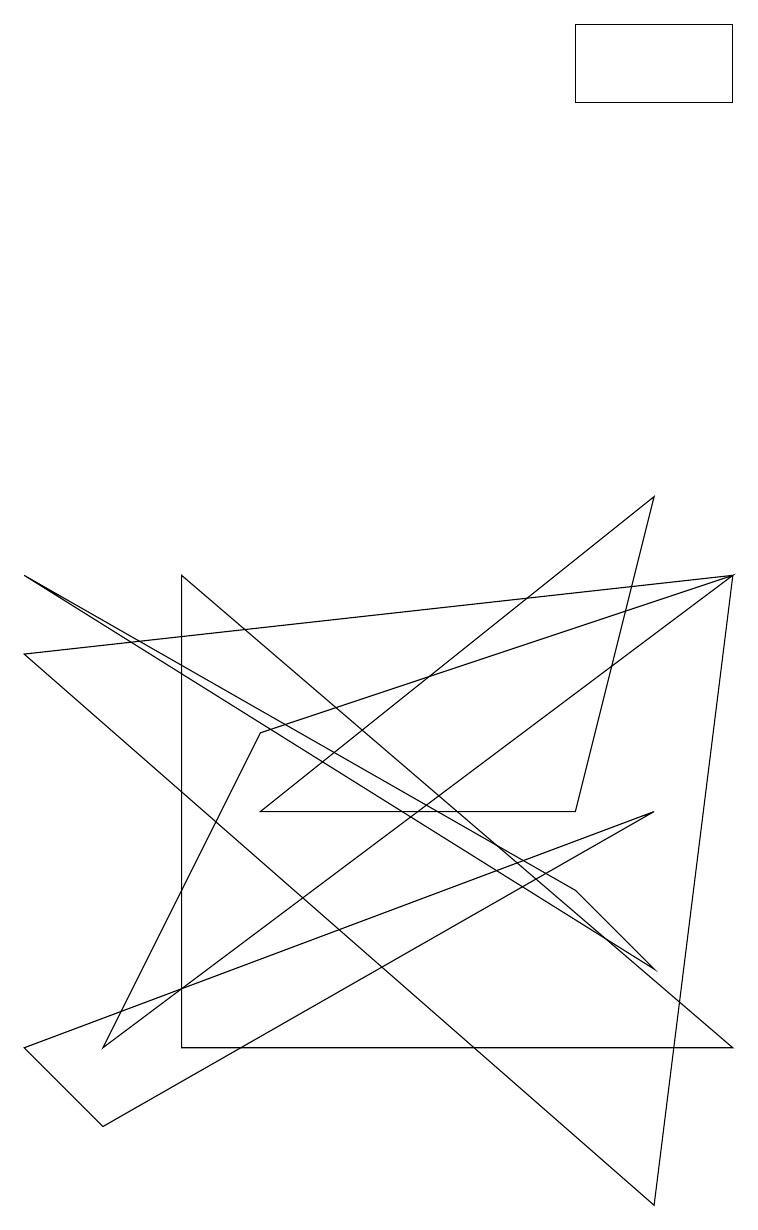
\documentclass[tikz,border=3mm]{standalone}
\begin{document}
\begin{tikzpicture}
\draw (7,5) -- (8,9) -- (3,5) -- cycle;
\draw (0,2) -- (8,5) -- (1,1) -- cycle;
\draw (7,4) -- (0,8) -- (8,3) -- cycle;
\draw (2,8) -- (2,2) -- (9,2) -- cycle;
\draw (9,15) rectangle (7,14);
\draw (3,6) -- (1,2) -- (9,8) -- cycle;
\draw (0,7) -- (8,0) -- (9,8) -- cycle;
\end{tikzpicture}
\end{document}